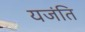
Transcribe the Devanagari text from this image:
यजंति